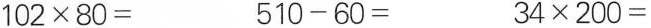
$$1 0 2 \times 8 0 =$$ $$5 1 0 - 6 0 =$$ $$3 4 \times 2 0 0 =$$